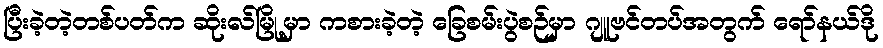
ပြီးခဲ့တဲ့တစ်ပတ်က ဆိုးလ်မြို့မှာ ကစားခဲ့တဲ့ ခြေစမ်းပွဲစဉ်မှာ ဂျူဗင်တပ်အတွက် ရော်နယ်ဒို